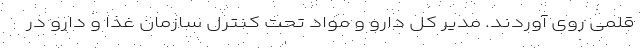
قلمی روی آوردند. مدیر کل دارو و مواد تحت کنترل سازمان غذا و دارو در